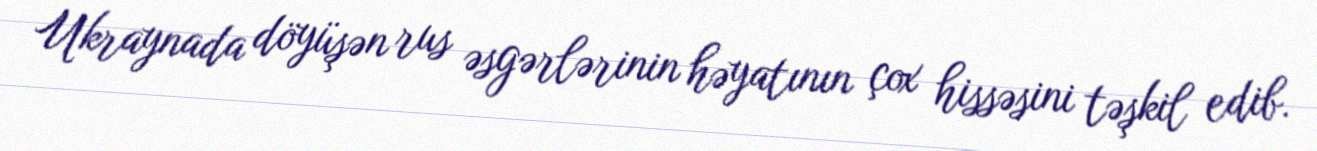
Ukraynada döyüşən rus əsgərlərinin həyatının çox hissəsini təşkil edib.